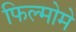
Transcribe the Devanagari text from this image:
फिल्मोमे